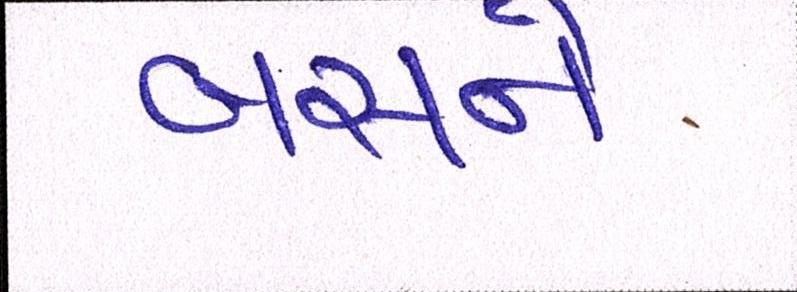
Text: બસને